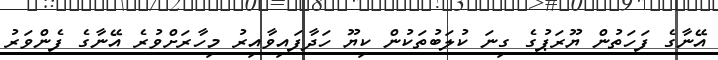
އޭނާގެ ފަހަތުން ޔޫރަޕުގެ ގިނަ ކުލަބުތަކުން ކިޔޫ ހަދާފައިވާއިރު މިހާރަށްވުރެ އޭނާގެ ފެންވަރު